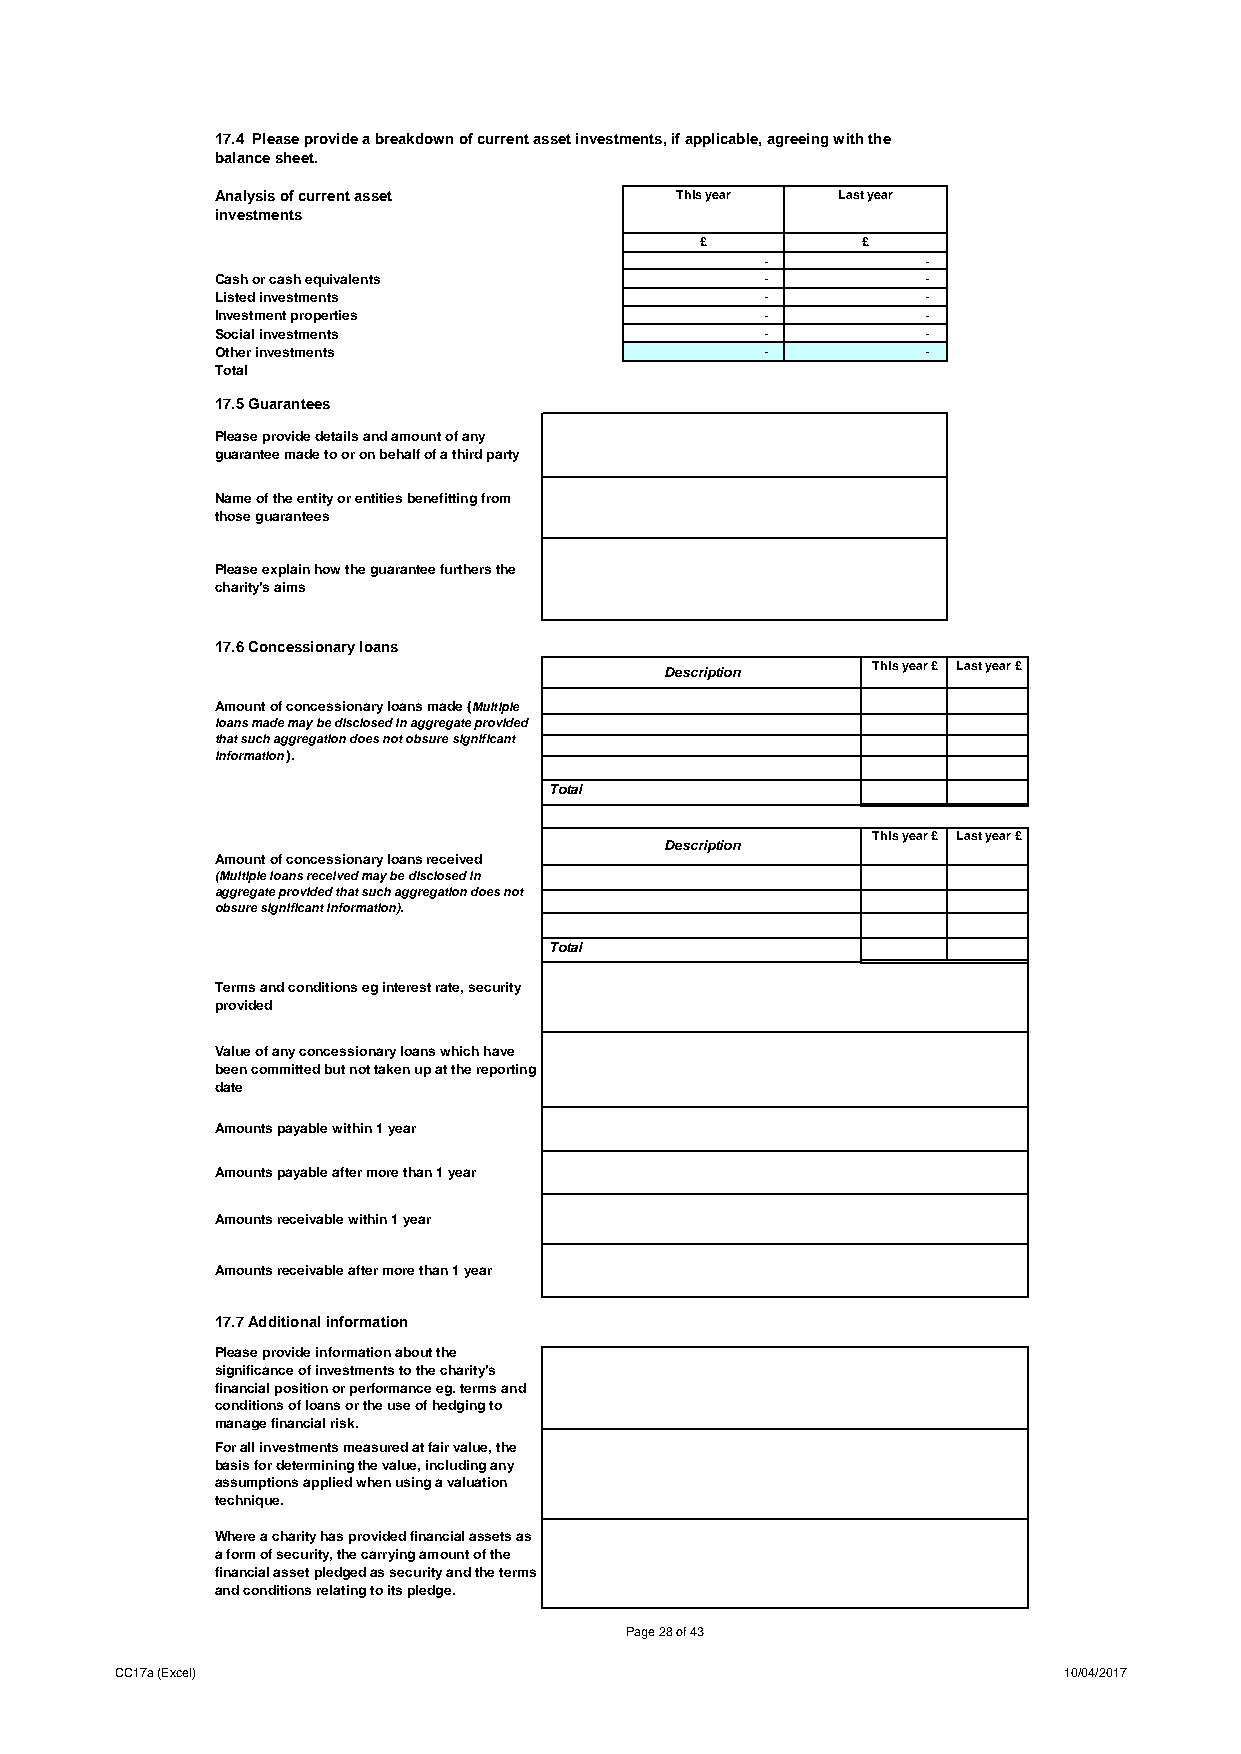
17.4 Please provide a breakdown of current asset investments, if applicable, agreeing with the
 balance sheet.
 Analysis of current asset      This year Last year
 investments
 £          £
 -         -
 Cash or cash equivalents             -         -
 Listed investments                   -         -
 Investment properties                -         -
 Social investments                   -         -
 Other investments                    -         -
 Total
 17.5 Guarantees
 Please provide details and amount of any
 guarantee made to or on behalf of a third party
 Name of the entity or entities benefitting from
 those guarantees
 Please explain how the guarantee furthers the
 charity's aims
 17.6 Concessionary loans
 Description   This year £ Last year £
 Amount of concessionary loans made (Multiple
 loans made may be disclosed in aggregate provided
 that such aggregation does not obsure significant
 information).
 Total
 This year £ Last year £
 Description
 Amount of concessionary loans received
 (Multiple loans received may be disclosed in
 aggregate provided that such aggregation does not
 obsure significant information).
 Total
 Terms and conditions eg interest rate, security
 provided
 Value of any concessionary loans which have
 been committed but not taken up at the reporting
 date
 Amounts payable within 1 year
 Amounts payable after more than 1 year
 Amounts receivable within 1 year
 Amounts receivable after more than 1 year
 17.7 Additional information
 Please provide information about the
 significance of investments to the charity's
 financial position or performance eg. terms and
 conditions of loans or the use of hedging to
 manage financial risk.
 For all investments measured at fair value, the
 basis for determining the value, including any
 assumptions applied when using a valuation
 technique.
 Where a charity has provided financial assets as
 a form of security, the carrying amount of the
 financial asset pledged as security and the terms
 and conditions relating to its pledge.
 Page 28 of 43
 CC17a (Excel)                                                 10/04/2017